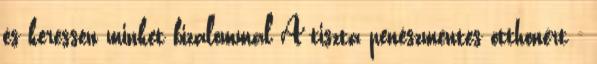
és keressen minket bizalommal A tiszta penészmentes otthonért -